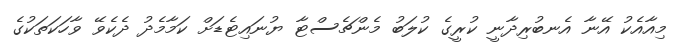
މިއާއެކު އޭނާ އެނބުރިދާނީ ކުރީގެ ކުލަބު މެންޗެސްޓާ ޔުނައިޓެޑަށް ކަމާމެދު ދެކެވޭ ވާހަކަތަކުގެ